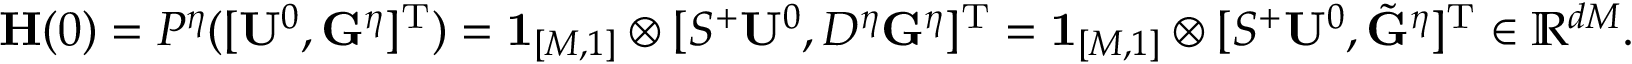
\mathbf { H } ( 0 ) = P ^ { \eta } ( [ \mathbf { U } ^ { 0 } , \mathbf { G } ^ { \eta } ] ^ { \mathrm { T } } ) = \mathbf { 1 } _ { [ M , 1 ] } \otimes [ S ^ { + } \mathbf { U } ^ { 0 } , D ^ { \eta } \mathbf { G } ^ { \eta } ] ^ { \mathrm { T } } = \mathbf { 1 } _ { [ M , 1 ] } \otimes [ S ^ { + } \mathbf { U } ^ { 0 } , \tilde { \mathbf { G } } ^ { \eta } ] ^ { \mathrm { T } } \in \mathbb { R } ^ { d M } .